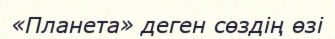
«Планета» деген сөздің өзі